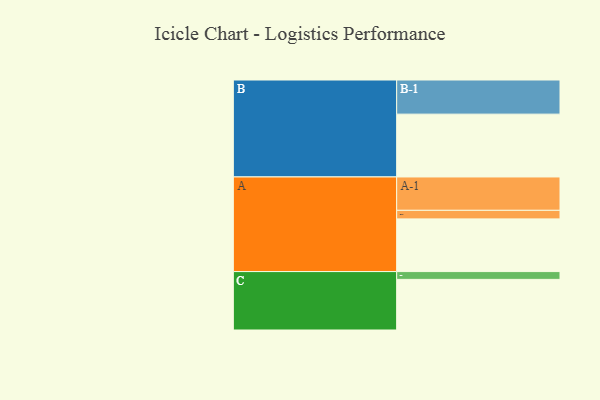
{"axis": {"x": "Segment", "y": "Value"}, "legend": ["", "A", "B", "C"], "data": [{"x": "A", "y": 406, "type": ""}, {"x": "B", "y": 484, "type": ""}, {"x": "C", "y": 390, "type": ""}, {"x": "A-1", "y": 257, "type": "A"}, {"x": "A-2", "y": 66, "type": "A"}, {"x": "B-1", "y": 263, "type": "B"}, {"x": "C-1", "y": 60, "type": "C"}]}